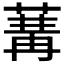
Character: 𦵷